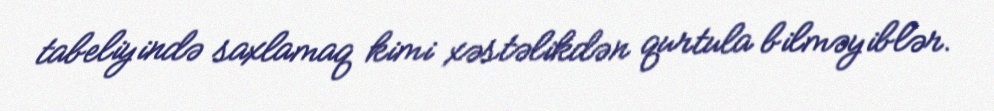
tabeliyində saxlamaq kimi xəstəlikdən qurtula bilməyiblər.